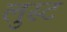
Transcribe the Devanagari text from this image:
लुस्ट